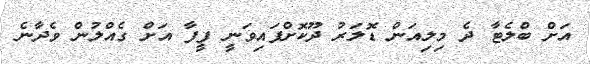
އަށް ބްލެޓާ ދެ މިލިއަން ޑޮލަރު ދޫކޮށްފައިވަނީ ފީފާ އަށް ގެއްލުން ވެދާނެ